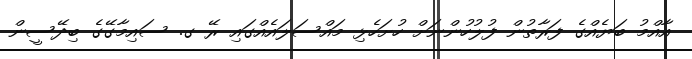
އާއްމު ބަޔެއްގެ ފަރާތުން ފުލުހުންނަށް ހުށަހެޅި މައްސަލައެއްގައި ރޭ ގ. ސައިމާގޭގެ ބިދޭސީން